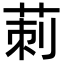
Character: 莿